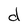
Character: d